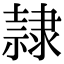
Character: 隷